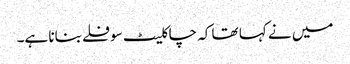
میں نے کہا تھا کہ چاکلیٹ سوفلے بنانا ہے۔